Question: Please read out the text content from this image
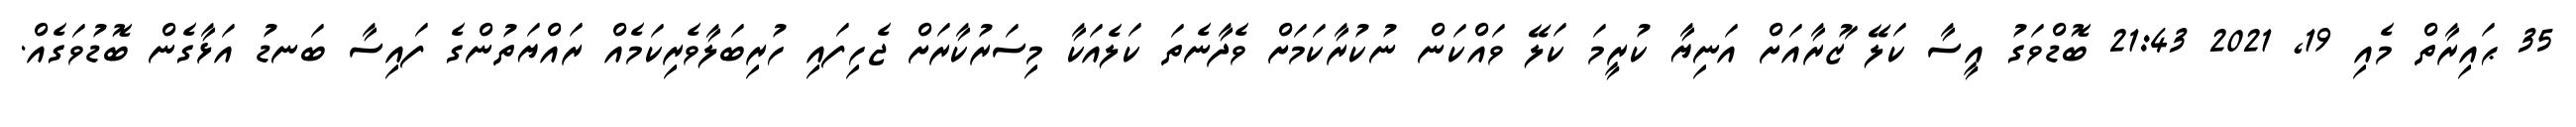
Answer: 35 ޙައިރާތް މެއި 19, 2021 21:43 ބޮޑްވަގު އީސާ ކަލޭ ަޒުރާއަށް އަނިޔާ ކުރީމަ ކަލޭ ވައްކަން ނުކުރާކަމަށް ވެދާނެތަ ކަލެއަކާ މިސަރުކާރަށް ޖެހިފައި ހުރިބަލާވެރިކަމެއް ރައްޔަތުންގެ ފައިސާ ބަނޑު އަޅާގެން ބޮޑުވަގެއް.